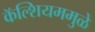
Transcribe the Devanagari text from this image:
कॅल्शियममुळे